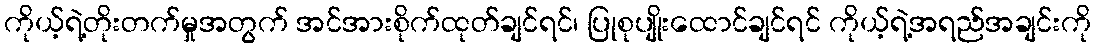
ကိုယ့်ရဲ့တိုးတက်မှုအတွက် အင်အားစိုက်ထုတ်ချင်ရင်၊ ပြုစုပျိုးထောင်ချင်ရင် ကိုယ့်ရဲ့အရည်အချင်းကို